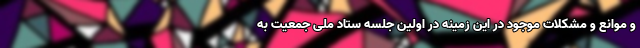
و موانع و مشکلات موجود در این زمینه در اولین جلسه ستاد ملی جمعیت به